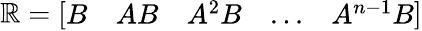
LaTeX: \mathbb{R}={\left[\begin{array}{lllll}{B}&{AB}&{A^{2}B}&{...}&{A^{n-1}B}\end{array}\right]}